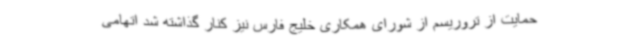
حمایت از تروریسم از شورای همکاری خلیج فارس نیز کنار گذاشته شد اتهامی